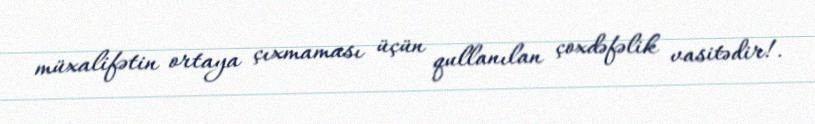
müxalifətin ortaya çıxmaması üçün qullanılan çoxdəfəlik vasitədir!.